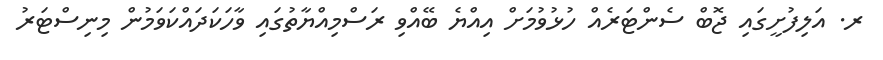
ރ. އަލިފުށީގައި ޖޮބް ސެންޓަރެއް ހުޅުވުމަށް އިއްޔެ ބޭއްވި ރަސްމިއްޔާތުގައި ވާހަކަދައްކަވަމުން މިނިސްޓަރު